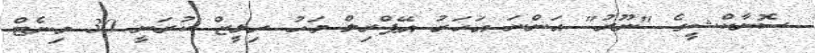
ސޮނާކްޝީގެ "ނޫރު" އަންނަ އަހަރު އޭޕްރިލް މަހު ރިލީޒް ކުރަނީ 30 މިނެޓް